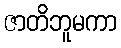
ဇာတိဘူမကာ